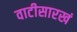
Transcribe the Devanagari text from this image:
वाटीसारखं